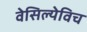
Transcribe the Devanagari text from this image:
वेसिल्येविच